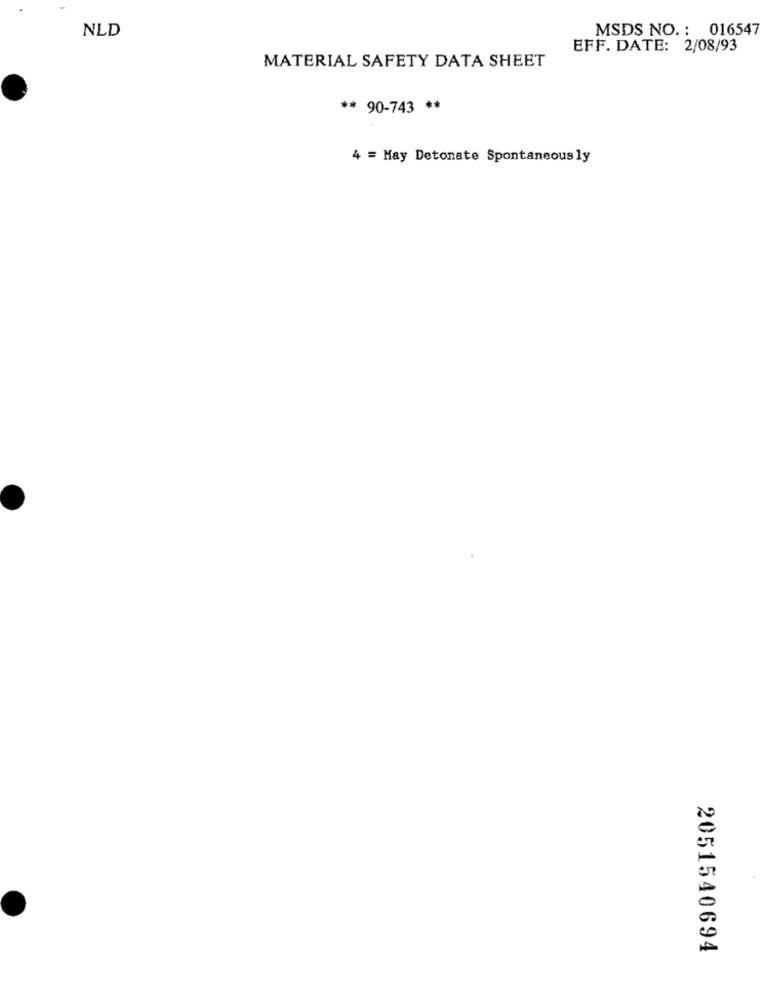
NLD
MSDS NO. : 016547
EFF. DATE: 2/08/93
MATERIAL SAFETY DATA SHEET
** 90-743 **
4 = May Detonate Spontaneously
2051540694